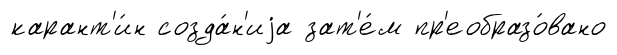
карант'и́н созда́н'иjа зат'е́м пр'еобразо́вано